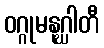
ဝဂ္ဂုမနုဂ္ဃါတီ